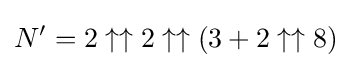
N'=2\uparrow \uparrow 2\uparrow \uparrow (3+2\uparrow \uparrow 8)